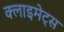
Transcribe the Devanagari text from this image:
क्लाइमेट्स